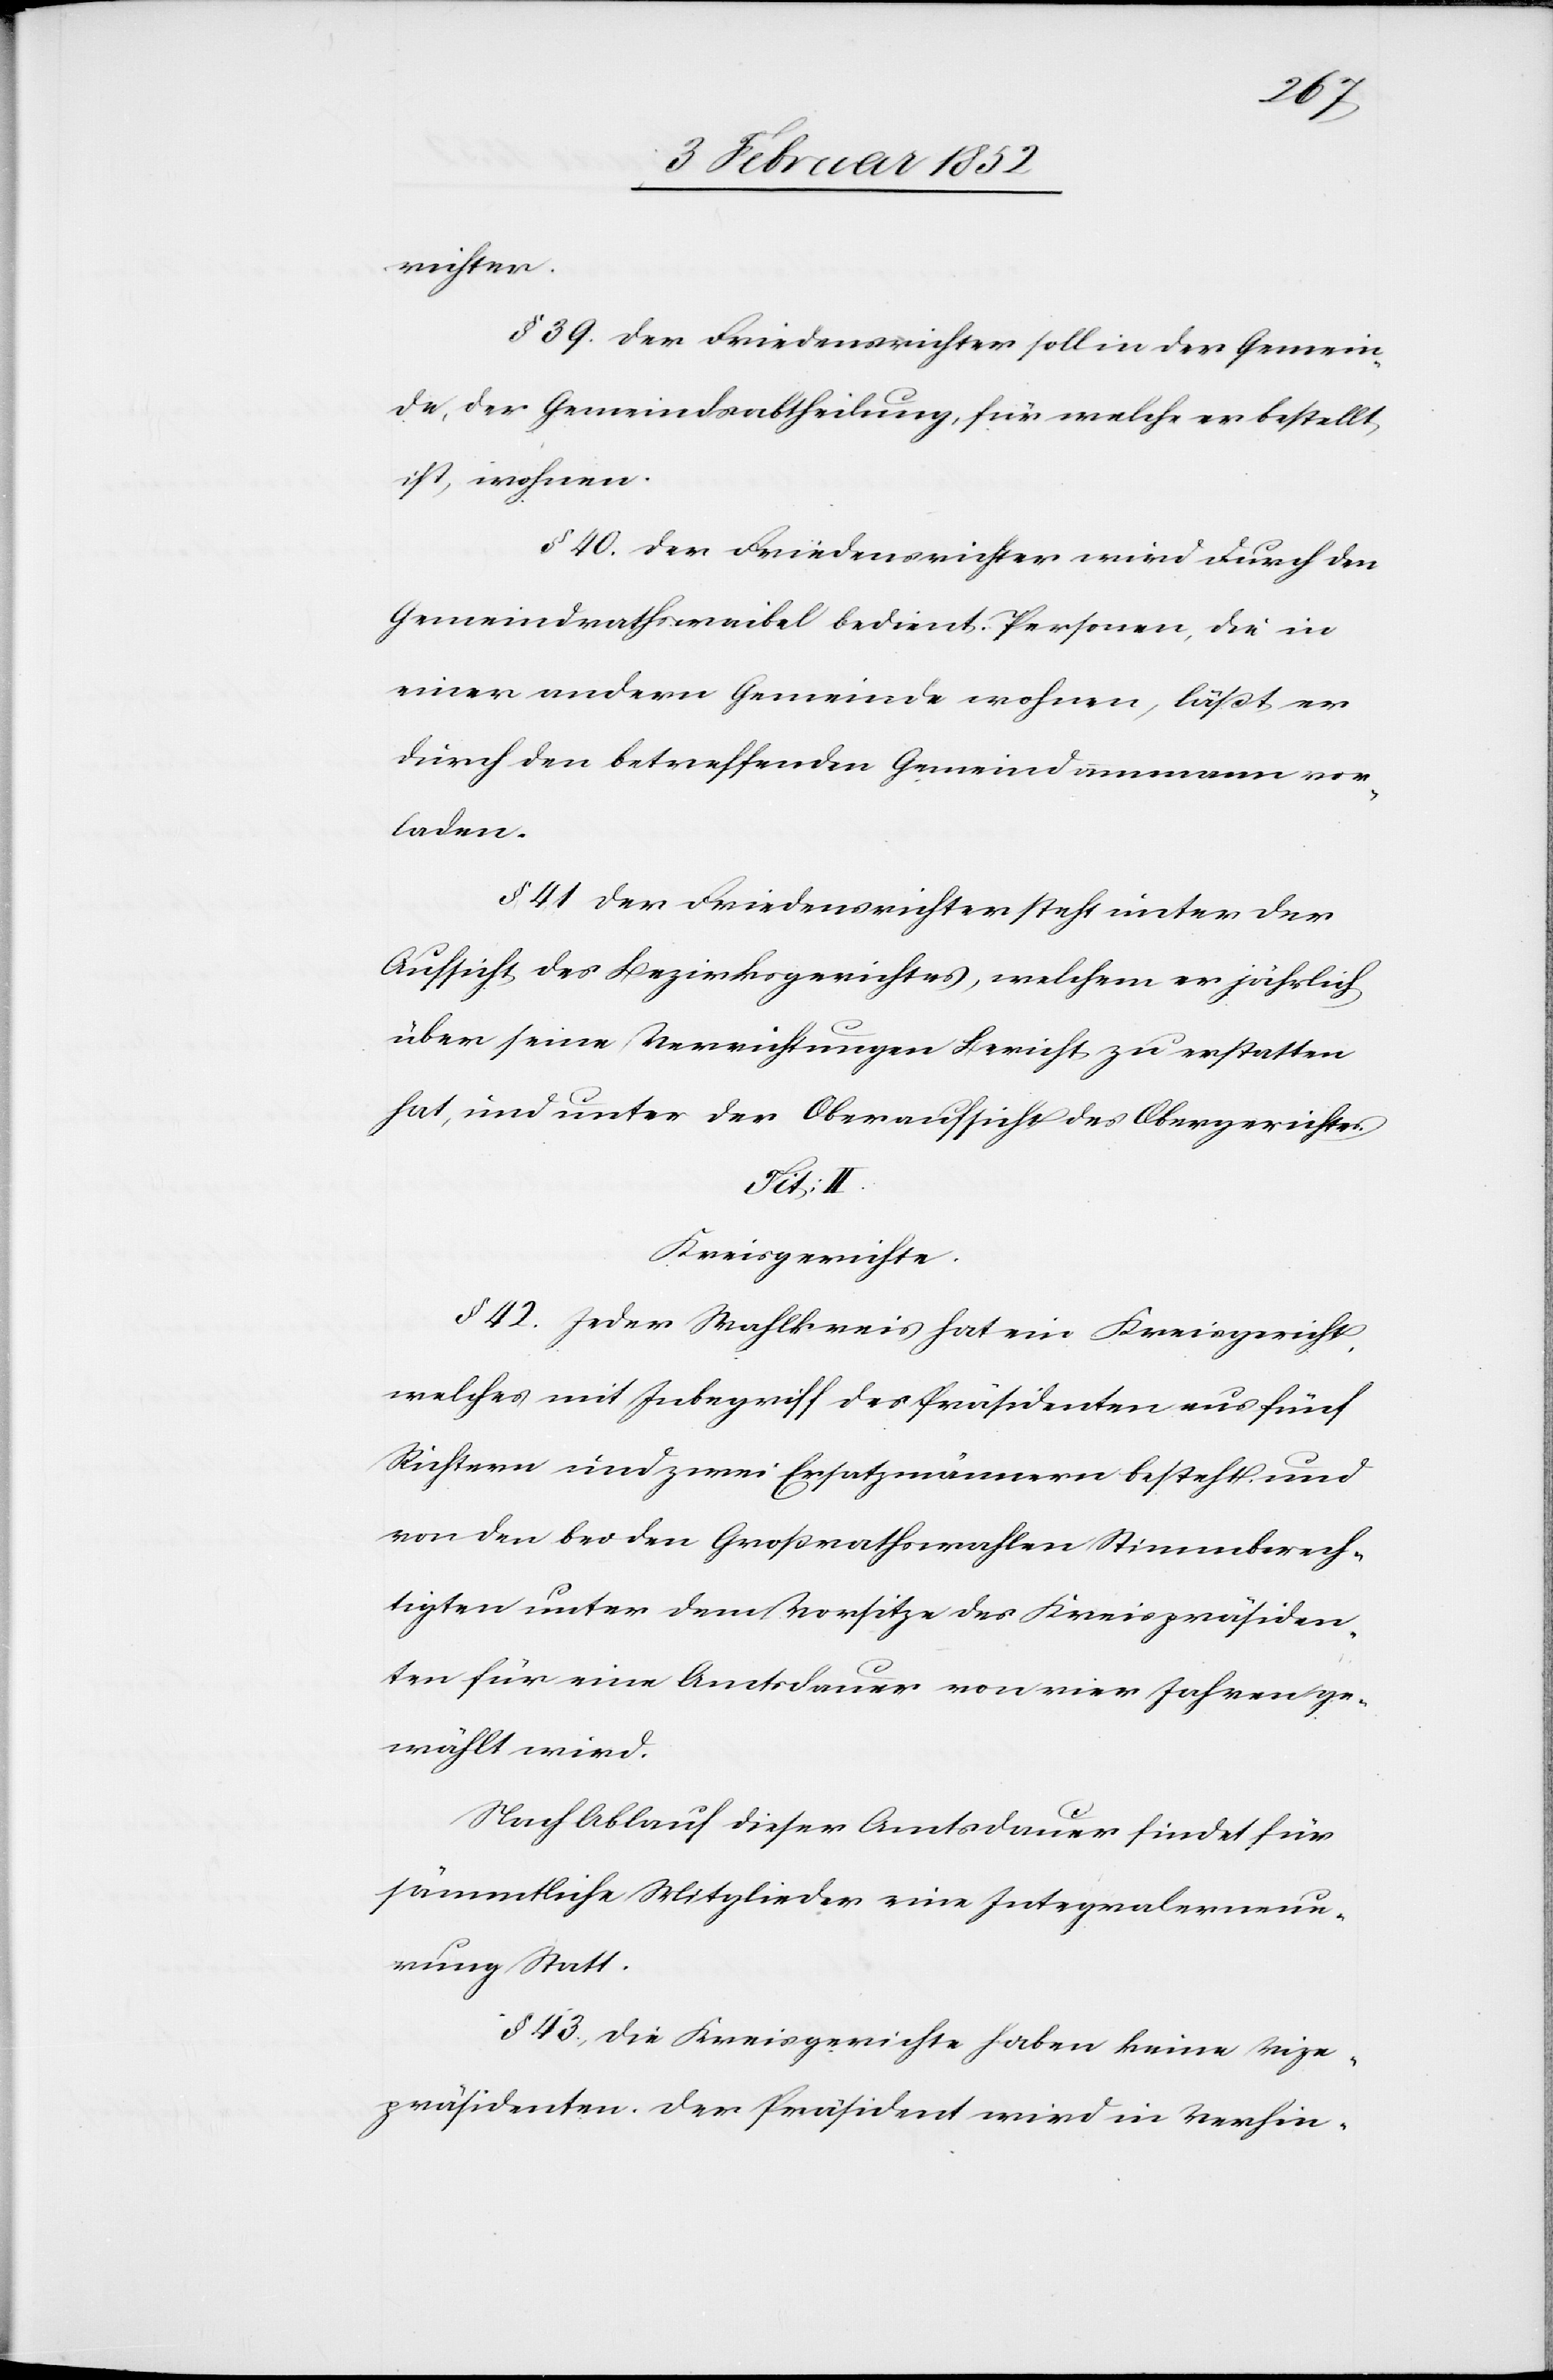
richter.
§ 39. Der Friedensrichter soll in der Gemein¬
de, der Gemeindsabtheilung, für welche er bestellt
ist, wohnen.
§ 40. Der Friedensrichter wird durch den
Gemeindrathswaibel bedient. Personen, die in
einer andern Gemeinde wohnen, läßt er
durch den betreffenden Gemeindammann vor¬
laden.
§ 41 Der Friedensrichter steht unter der
Aufsicht des Bezirksgerichtes, welchem er jährlich
über seine Verrichtungen Bericht zu erstatten
hat, und unter der Oberaufsicht des Obergerichtes.
Tit: II.
Kreisgerichte.
§ 42. Jeder Wahlkreis hat ein Kreisgericht,
welches mit Inbegriff des Präsidenten aus fünf
Richtern und zwei Ersatzmännern besteht und
von den bei den Großrathswahlen Stimmberech¬
tigten unter dem Vorsitze des Kreispräsiden¬
ten für eine Amtsdauer von vier Jahren ge¬
wählt wird.
Nach Ablauf dieser Amtsdauer findet für
sämmtliche Mitglieder eine Integralerneue¬
rung Statt.
§. 43.) Die Kreisgerichte haben keine Vize¬
präsidenten. Der Präsident wird in Verhin-